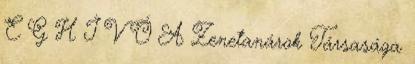
E G H Í V Ó A Zenetanárok Társasága